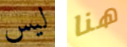
ليس هنا